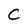
Character: C